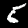
Digit: 5